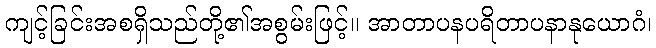
ကျင့်ခြင်းအစရှိသည်တို့၏အစွမ်းဖြင့်။ အာတာပနပရိတာပနာနုယောဂံ၊